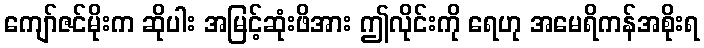
ကျော်ဇင်မိုးက ဆိုပါး အမြင့်ဆုံးဖိအား ဤလိုင်းကို ရေဟု အမေရိကန်အစိုးရ